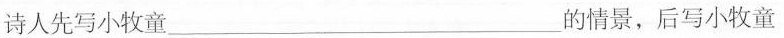
诗人先写小牧童___的情景，后写小牧童